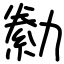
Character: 勬